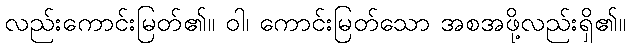
လည်းကောင်းမြတ်၏။ ဝါ၊ ကောင်းမြတ်သော အစအဖို့လည်းရှိ၏။